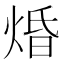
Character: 焝